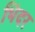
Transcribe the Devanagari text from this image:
भिंदर